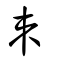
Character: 朿